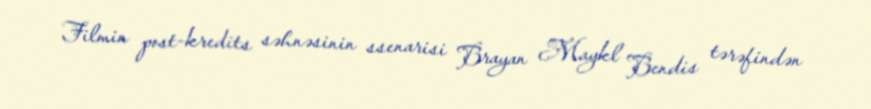
Filmin post-kredits səhnəsinin ssenarisi Brayan Maykl Bendis tərəfindən